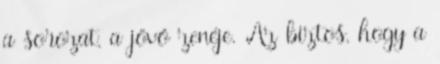
a sorozat, a jövő zenéje. Az biztos, hogy a